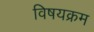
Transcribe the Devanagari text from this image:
विषयक्रम